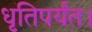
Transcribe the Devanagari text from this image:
धृतिपर्यंत।